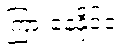
ကြားနေနိုင်ငံ။